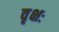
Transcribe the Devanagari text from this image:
वृक्षः